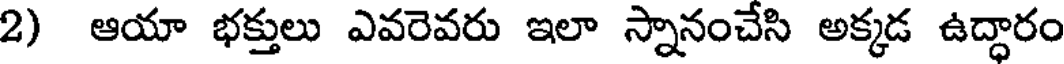
2) ఆయా భక్తులు ఎవరెవరు ఇలా స్నానంచేసి అక్కడ ఉద్ధారం